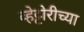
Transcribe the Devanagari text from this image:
व्हेट्टोरीच्या